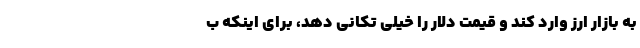
به بازار ارز وارد کند و قیمت دلار را خیلی تکانی دهد، برای اینکه ب